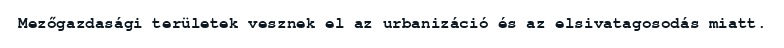
Mezőgazdasági területek vesznek el az urbanizáció és az elsivatagosodás miatt.